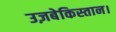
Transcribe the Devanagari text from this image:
उज़बेकिस्तान।